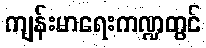
ကျန်းမာရေးကဏ္ဍတွင်